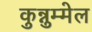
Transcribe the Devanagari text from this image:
कुन्नुम्मेल